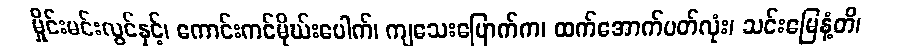
မှိုင်းမင်းလွင်နှင့်၊ ကောင်းကင်မိုဃ်းပေါက်၊ ကျသေးပြောက်က၊ ထက်အောက်ပတ်လုံး၊ သင်းမြေနံ့တိ၊